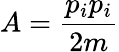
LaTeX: A={\frac{p_{i}p_{i}}{2m}}